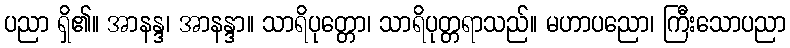
ပညာ ရှိ၏။ အာနန္ဒ၊ အာနန္ဒာ။ သာရိပုတ္တော၊ သာရိပုတ္တရာသည်။ မဟာပညော၊ ကြီးသောပညာ